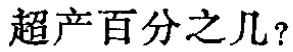
超产百分之几?